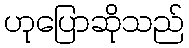
ဟုပြောဆိုသည်